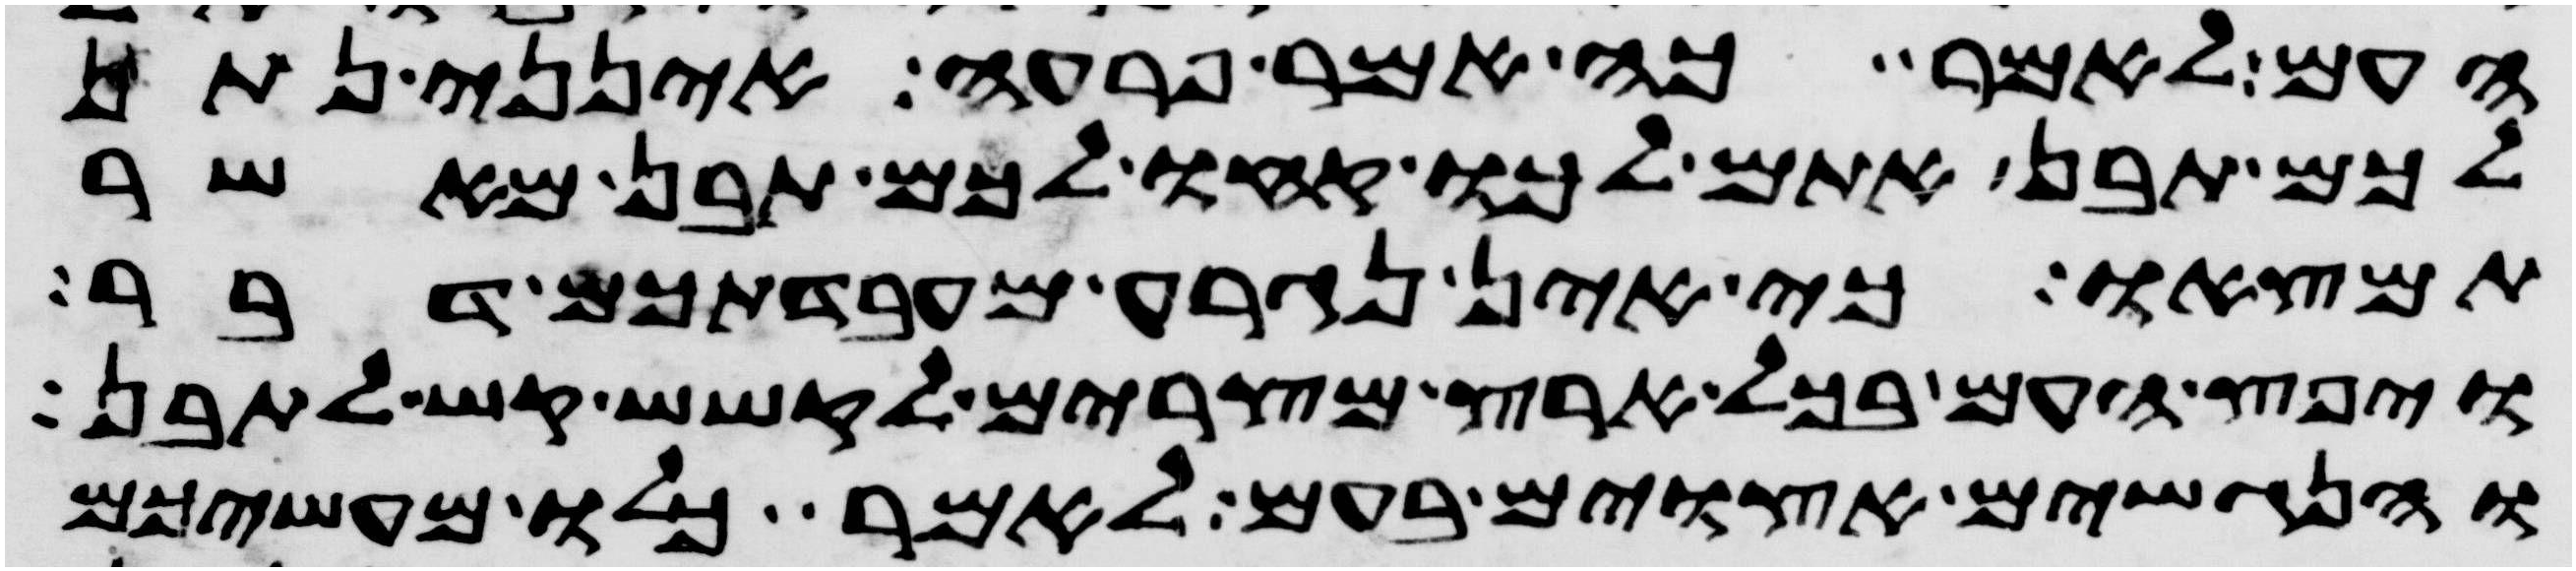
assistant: העם לאמר כה אמר פרעה אינני נתן
לכם תבן אתם לכו קחו לכם תבן מאשר
תמצאו כי אין נגרע מעבדתכם דבר
ויפץ העם בכל ארץ מצרים לקשש קש לתבן
והנגשים אצוים בעם לאמר כלו מעשיכם